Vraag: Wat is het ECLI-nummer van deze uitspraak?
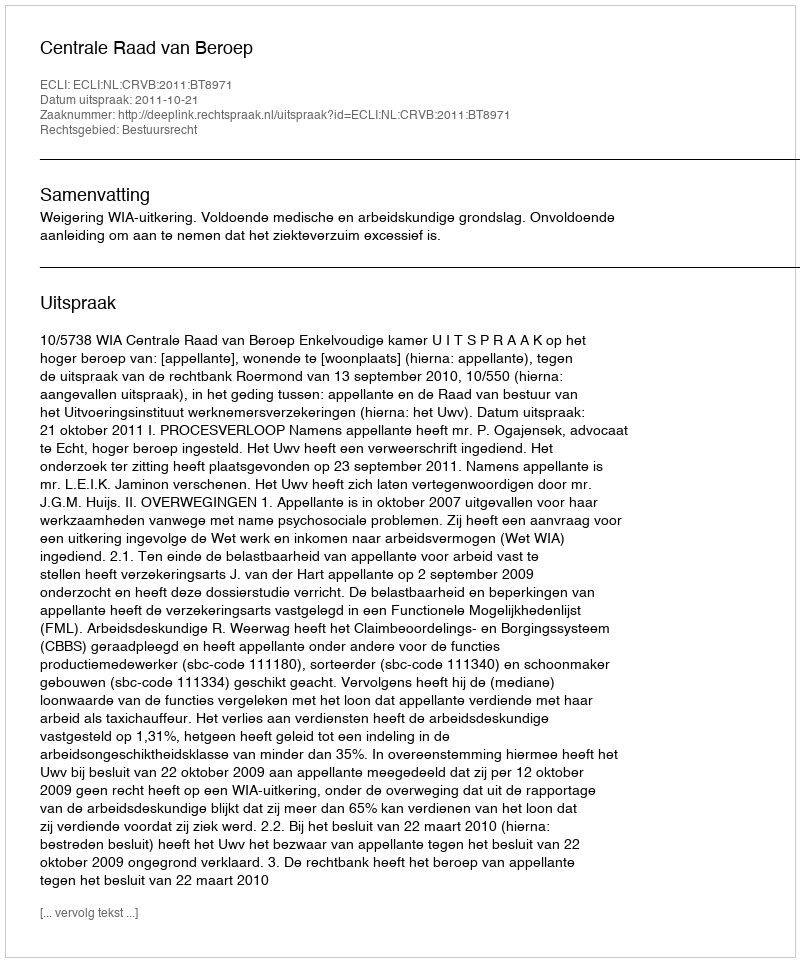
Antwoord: ECLI:NL:CRVB:2011:BT8971